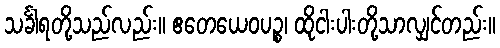
သင်္ခါရတို့သည်လည်း။ ဧတေယေဝပဉ္စ၊ ထိုငါးပါးတို့သာလျှင်တည်း။